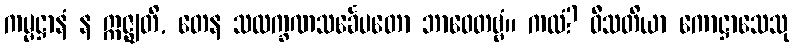
ကမ္မဋ္ဌာနံ န ဣဇ္ဈတိ, တေန သလက္ခဏသင်္ခေပတော ဘာဝေတဗ္ဗံ။ ကထံ? ဝီသတိယာ ကောဋ္ဌာသေသု